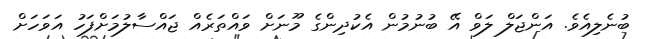
ބުނެލިއެވެ. އަންޖަލް ލަވް އޭ ބުނުމުން އެކުދިންގެ މޫނަށް ވައްތަރެއް ޖައްސާލުމަށްފަހު އަވަހަށް